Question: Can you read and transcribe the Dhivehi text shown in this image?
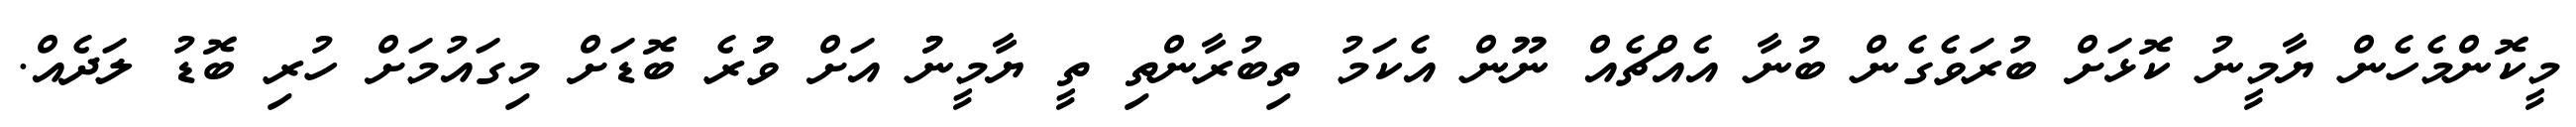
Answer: މީކޮންމެހެން ޔާމީނު ކޮޅަށް ބުރަވެގެން ބުނާ އެއްޗެއް ނޫން އެކަމު ތިބުރާންތި ތީ ޔާމީނުު އަށް ވުުުރެ ބޮޑަށް މިގައުމަށް ހުރި ބޮޑު ލަދެއް.